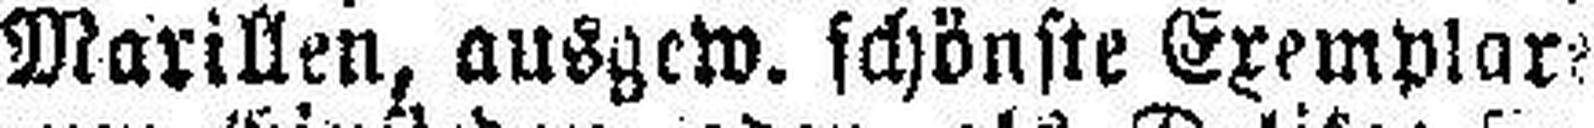
Marillen, ausgew. schönste Exemplare